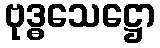
ဗုဒ္ဓသေဋ္ဌော